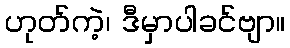
ဟုတ်ကဲ့၊ ဒီမှာပါခင်ဗျာ။